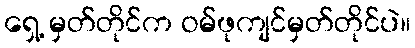
ရှေ့ မှတ်တိုင်က ဝမ်ဖုကျင်မှတ်တိုင်ပဲ။